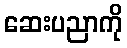
ဆေးပညာကို